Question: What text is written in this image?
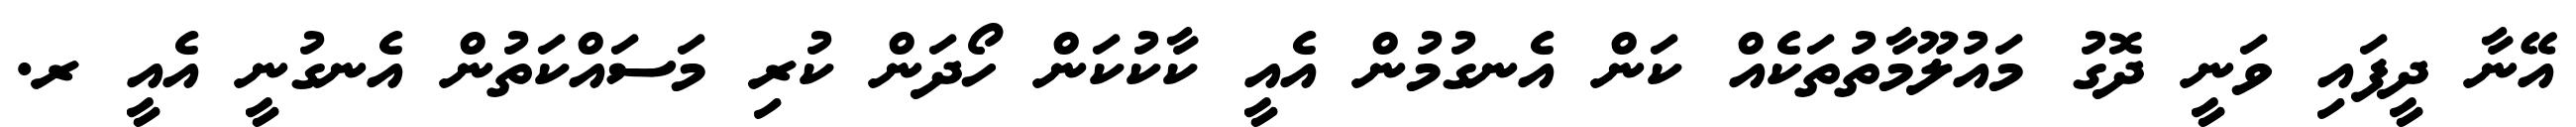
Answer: އޭނާ ދީފައި ވަނީ ދޮގު މައުލޫމާތުތަކެއް ކަން އެނގުމުން އެއީ ކާކުކަން ހޯދަން ކުރި މަސައްކަތުން އެނގުނީ އެއީ ރ.